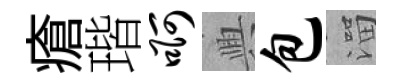
瘡瑎啊興包溜